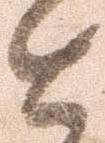
と